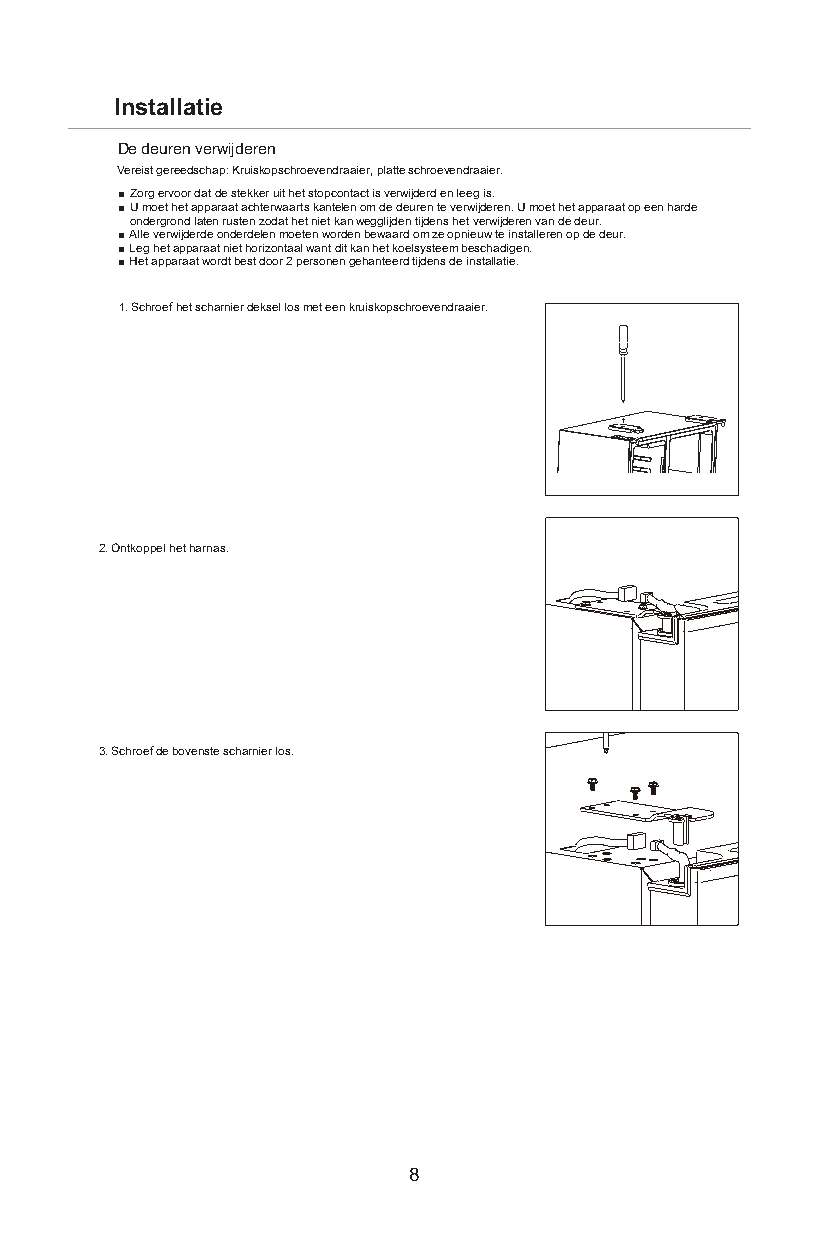
Installatie
 De deuren verwijderen
 Vereist gereedschap: Kruiskopschroevendraaier, platte schroevendraaier.
 [ Zorg ervoor dat de stekker uit het stopcontact is verwijderd en leeg is.
 [ U moet het apparaat achterwaarts kantelen om de deuren te verwijderen. U moet het apparaat op een harde
 ondergrond laten rusten zodat het niet kan wegglijden tijdens het verwijderen van de deur.
 [ Alle verwijderde onderdelen moeten worden bewaard om ze opnieuw te installeren op de deur.
 [ Leg het apparaat niet horizontaal want dit kan het koelsysteem beschadigen.
 [ Het apparaat wordt best door 2 personen gehanteerd tijdens de installatie.
 1. Schroef het scharnier deksel los met een kruiskopschroevendraaier.
 2. Ontkoppel het harnas.
 3. Schroef de bovenste scharnier los.
 8